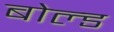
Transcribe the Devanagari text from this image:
बोल्‍ड